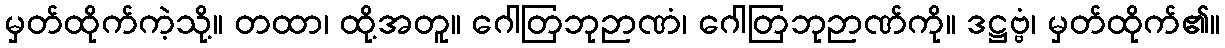
မှတ်ထိုက်ကဲ့သို့။ တထာ၊ ထို့အတူ။ ဂေါတြဘုဉာဏံ၊ ဂေါတြဘုဉာဏ်ကို။ ဒဋ္ဌဗ္ဗံ၊ မှတ်ထိုက်၏။